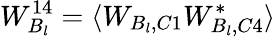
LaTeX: W_{B_{l}}^{14}=\langle W_{B_{l},C1}W_{B_{l},C4}^{*}\rangle